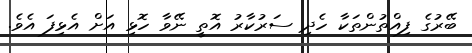
ބޭރުގެ ފިއްތުންތަކާ ހެދި ސަރުކާރު އޮތީ ނޭވާ ހޮޅި އަށް އެޅިފަ އެވެ.